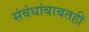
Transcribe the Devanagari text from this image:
संबंधांबाबतही